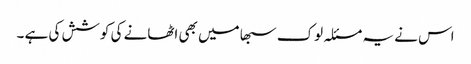
اس نے یہ مسئلہ لوک سبھا میں بھی اٹھانے کی کوشش کی ہے ۔